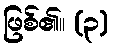
ဖြစ်၏။ (၃)